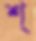
শ্